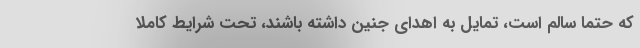
که حتما سالم است، تمایل به اهدای جنین داشته باشند، تحت شرایط کاملا